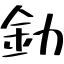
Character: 釛